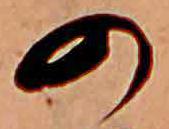
の